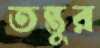
তন্তুর